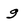
Character: g